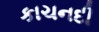
કાચનદી